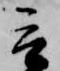
会